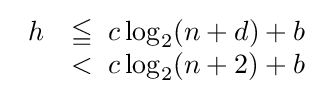
{\begin{array}{ll}h&\leqq \;c\log _{2}(n+d)+b\\&<\;c\log _{2}(n+2)+b\end{array}}